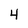
Character: 4